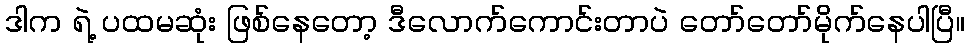
ဒါက ရဲ့ ပထမဆုံး ဖြစ်နေတော့ ဒီလောက်ကောင်းတာပဲ တော်တော်မိုက်နေပါပြီ။